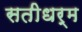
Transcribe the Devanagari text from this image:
सतीधर्म